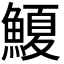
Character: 𮬆